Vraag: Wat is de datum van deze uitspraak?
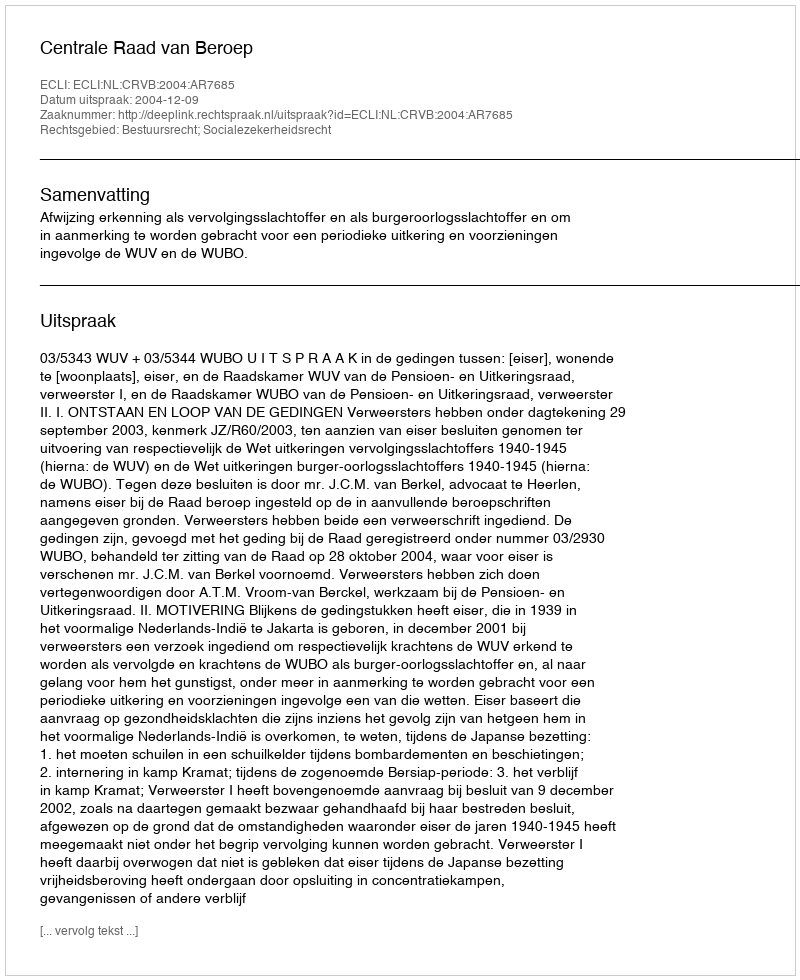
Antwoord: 2004-12-09